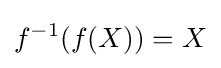
f^{-1}(f(X))=X